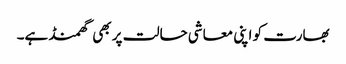
بھارت کو اپنی معاشی حالت پر بھی گھمنڈ ہے۔